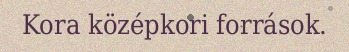
Kora középkori források.